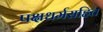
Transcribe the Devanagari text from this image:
पक्षधर्मसहित